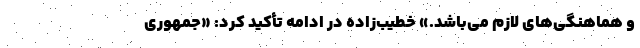
و هماهنگی‌های لازم می‌باشد.» خطیب‌زاده در ادامه تأکید کرد: «جمهوری